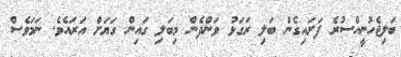
ބަލިޖެހުނީއްސުރެ ފަށައިގެން ބަލި ރަގަޅު ވަންދެން މިބަލި ގައިން ގަޔަށް އަރައެވެ. ނަމަވެސް